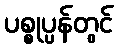
ပစ္စုပ္ပန်တွင်